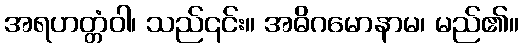
အရဟတ္တံဝါ၊ သည်၎င်း။ အဓိဂမောနာမ၊ မည်၏။